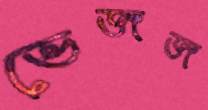
ভেজজ